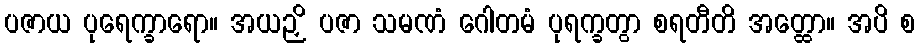
ပဇာယ ပုရေက္ခာရော။ အယဉှိ ပဇာ သမဏံ ဂေါတမံ ပုရက္ခတွာ စရတီတိ အတ္ထော။ အပိ စ